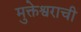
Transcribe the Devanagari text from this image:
मुक्तेश्वराची